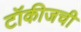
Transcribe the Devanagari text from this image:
टॉकीजची